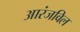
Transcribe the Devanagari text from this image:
आरंजविल